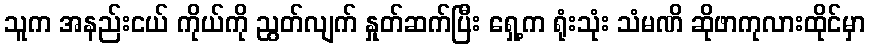
သူက အနည်းငယ် ကိုယ်ကို ညွတ်လျက် နှုတ်ဆက်ပြီး ရှေ့က ရုံးသုံး သံမဏိ ဆိုဖာကုလားထိုင်မှာ